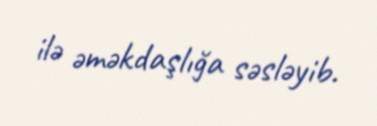
ilə əməkdaşlığa səsləyib.